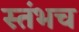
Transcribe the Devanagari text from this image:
स्तंभच